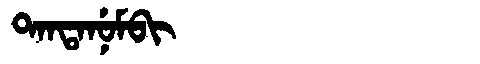
Manchu: ᡨᠠᠨᡨᠠᠨᡠᠮᠪᡳ
Romanization: TANTANUMBI